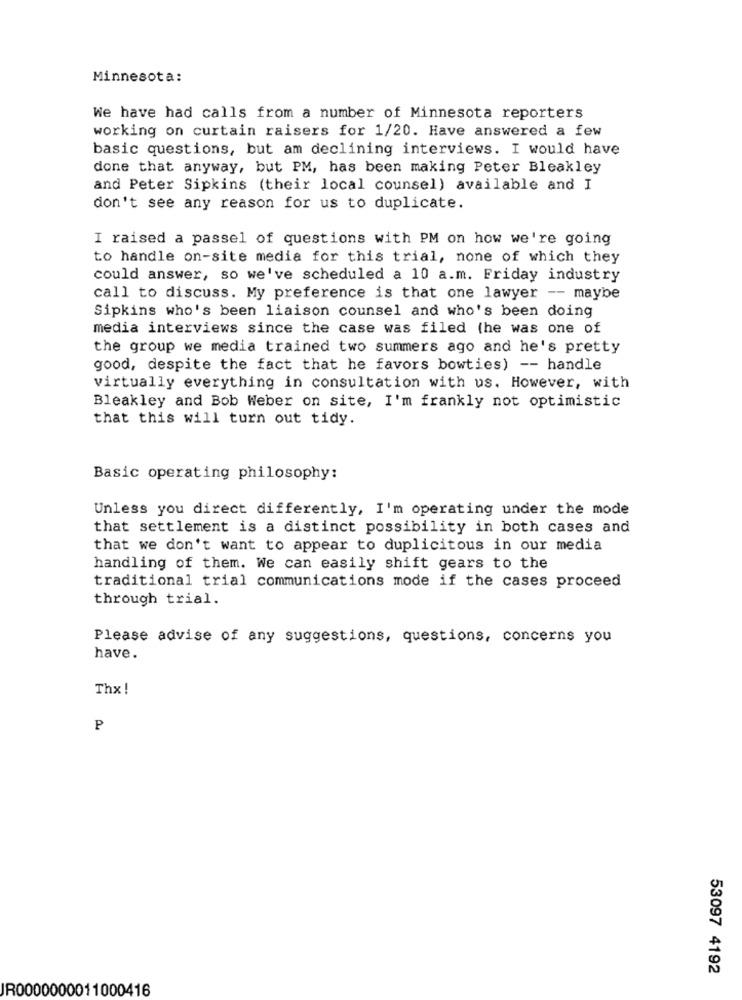
Minnesota:
We have had calls from a number of Minnesota reporters
working on curtain raisers for 1/20. Have answered a few
basic questions, but am declining interviews. I would have
done that anyway, but PM, has been making Peter Bleakley
and Peter Sipkins (their local counsel) available and I
don't see any reason for us to duplicate.
I raised a passel of questions with PM on how we're going
to handle on-site media for this trial, none of which they
could answer, so we've scheduled a 10 a.m. Friday industry
call to discuss. My preference is that one lawyer -- maybe
Sipkins who's been liaison counsel and who's been doing
media interviews since the case was filed (he was one of
the group we media trained two summers ago and he's pretty
good, despite the fact that he favors bowties) -- handle
virtually everything in consultation with us. However, with
Bleakley and Bob Weber on site, I'm frankly not optimistic
that this will turn out tidy.
Basic operating philosophy:
Unless you direct differently, I'm operating under the mode
that settlement is a distinct possibility in both cases and
that we don't want to appear to duplicitous in our media
handling of them. We can easily shift gears to the
traditional trial communications mode if the cases proceed
through trial.
Please advise of any suggestions, questions, concerns you
have.
Thx!
P
53097 4192
JR0000000011000416